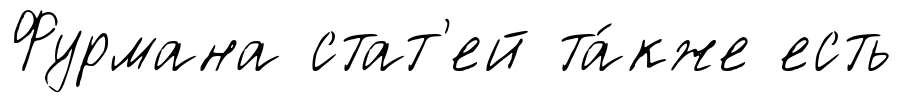
Фурмана стат'ей та́кже есть